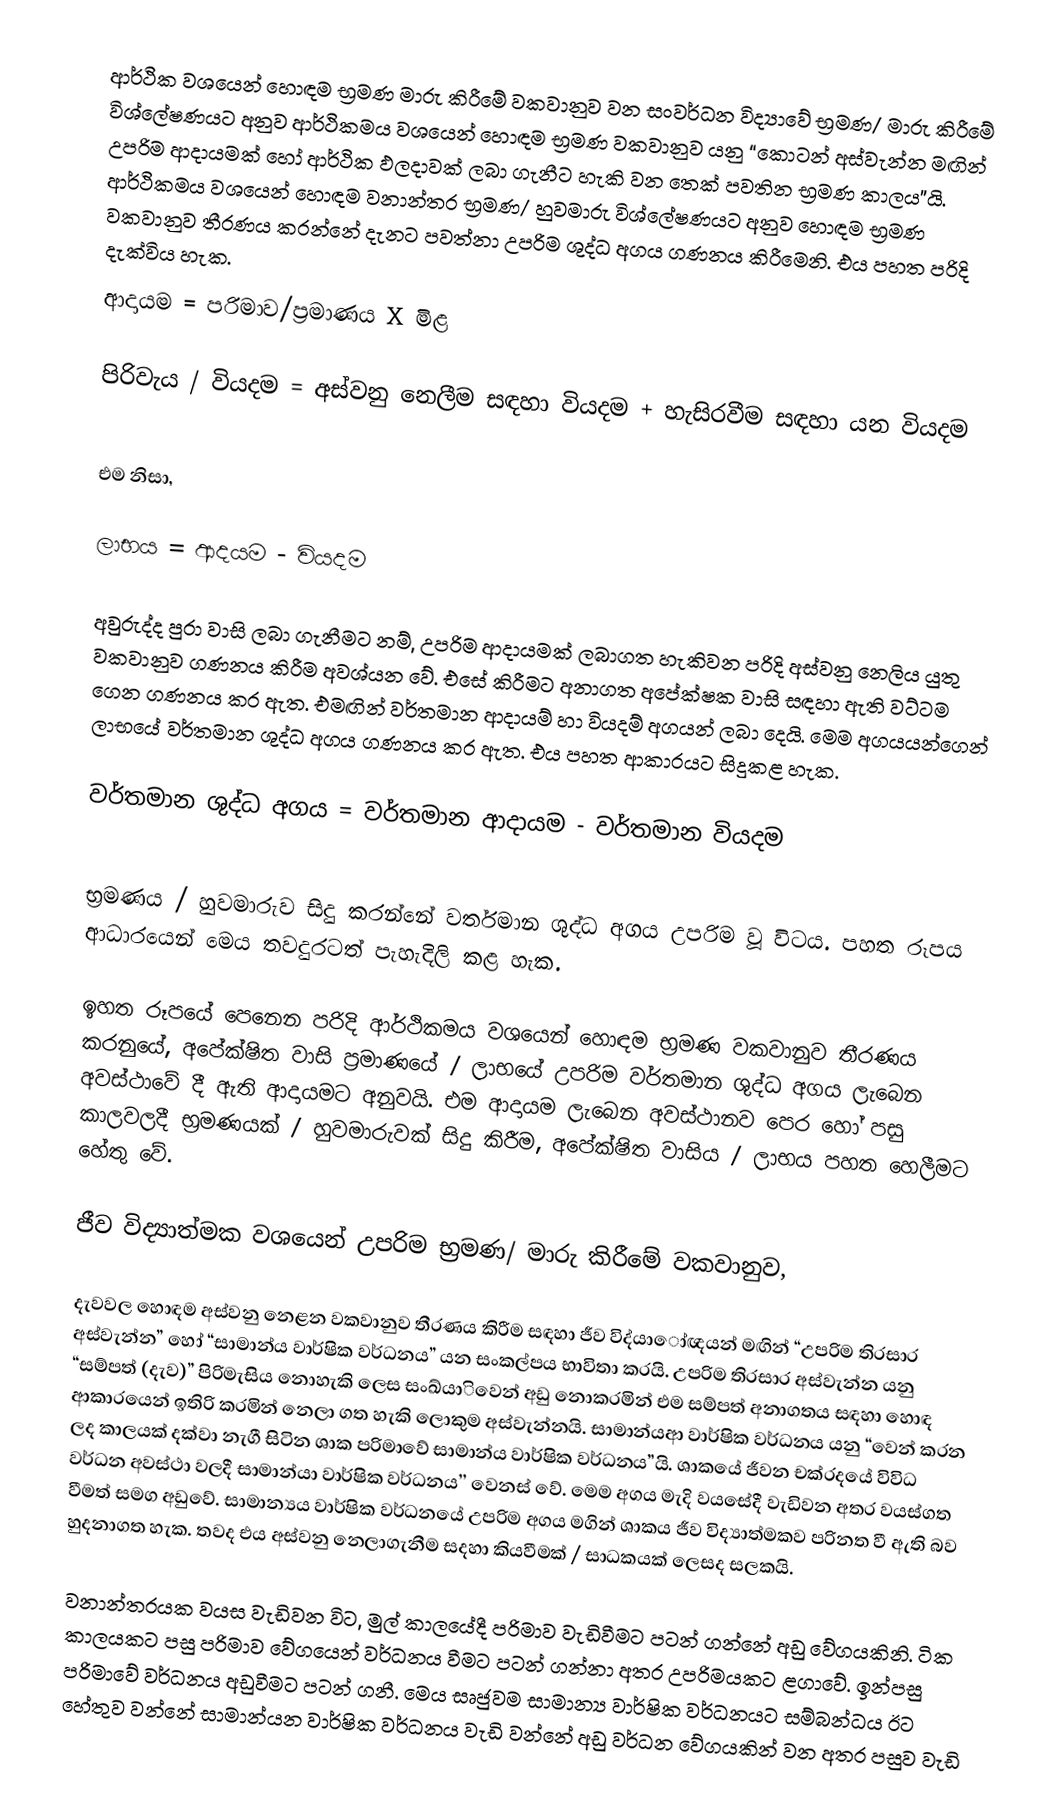
ආර්ථික වශයෙන් හොඳම භ්‍රමණ මාරු කිරීමේ වකවානුව වන සංවර්ධන විද්‍යාවේ භ්‍රමණ/ මාරු කිරීමේ විශ්ලේෂණයට අනුව ආර්ථිකමය වශයෙන් හොඳම භ්‍රමණ වකවානුව යනු “කොටන් අස්වැන්න මඟින් උපරිම ආදායමක් හෝ ආර්ථික ඵලදාවක් ලබා ගැනීට හැකි වන තෙක් පවතින භ්‍රමණ කාලය”යි. ආර්ථිකමය වශයෙන් හොඳම වනාන්තර භ්‍රමණ/ හුවමාරු විශ්ලේෂණයට අනුව හොඳම භ්‍රමණ වකවානුව තීරණය කරන්නේ දැනට පවත්නා උපරිම ශුද්ධ අගය ගණනය කිරීමෙනි. එය පහත පරිදි දැක්විය හැක.
ආදායම 	=	පරිමාව/ප්‍රමාණය  X මිළ

පිරිවැය / වියදම 	=	අස්වනු නෙලීම සඳහා වියදම		+	හැසිරවීම සඳහා යන වියදම

එම නිසා,

ලාභය	=	ආදයම  	-	වියදම

අවුරුද්ද පුරා වාසි ලබා ගැනීමට නම්, උපරිම ආදායමක් ලබාගත හැකිවන පරිදි අස්වනු නෙලිය යුතු වකවානුව  ගණනය කිරීම අවශ්යන වේ. එසේ කිරීමට අනාගත අපේක්ෂක වාසි සඳහා ඇති වට්ටම ගෙන ගණනය කර ඇත. එමඟින් වර්තමාන ආදායම් හා වියදම් අගයන් ලබා දෙයි. මෙම අගයයන්ගෙන් ලාභයේ වර්තමාන ශුද්ධ අගය ගණනය කර ඇත. එය පහත ආකාරයට සිදුකළ හැක.

වර්තමාන ශුද්ධ අගය	=	වර්තමාන ආදායම	-	වර්තමාන වියදම

භ්‍රමණය / හුවමාරුව සිදු කරන්නේ වර්තමාන ශුද්ධ අගය උපරිම වූ විටය. පහත රූපය ආධාරයෙන් මෙය තවදුරටත් පැහැදිලි කළ හැක.

ඉහත රූපයේ පෙනෙන පරිදි ආර්ථිකමය වශයෙන් හොඳම භ්‍රමණ වකවානුව තීරණය කරනුයේ, අපේක්ෂිත වාසි ප්‍රමාණයේ / ලාභයේ උපරිම වර්තමාන ශුද්ධ අගය ලැබෙන අවස්ථාවේ දී ඇති ආදායමට අනුවයි. එම ආදායම ලැබෙන අවස්ථානව පෙර හෝ පසු කාලවලදී භ්‍රමණයක් / හුවමාරුවක් සිදු කිරීම, අපේක්ෂිත වාසිය / ලාභය පහත හෙලීමට හේතු වේ.

ජීව විද්‍යාත්මක වශයෙන් උපරිම භ්‍රමණ/ මාරු කිරීමේ වකවානුව,

දැවවල හොඳම අස්වනු නෙළන වකවානුව තීරණය කිරීම සඳහා ජීව විද්යාෝඥයන් මඟින් “උපරිම තිරසාර අස්වැන්න” හෝ “සාමාන්ය  වාර්ෂික වර්ධනය” යන සංකල්පය භාවිතා කරයි. උපරිම තිරසාර අස්වැන්න යනු “සම්පත් (දැව)” පිරිමැසිය නොහැකි ලෙස සංඛ්යාිවෙන් අඩු නොකරමින් එම සම්පත් අනාගතය සඳහා හොඳ ආකාරයෙන් ඉතිරි කරමින් නෙලා ගත හැකි ලොකුම අස්වැන්නයි. සාමාන්යආ වාර්ෂික වර්ධනය යනු “වෙන් කරන ලද කාලයක් දක්වා නැගී සිටින ශාක පරිමාවේ සාමාන්ය  වාර්ෂික වර්ධනය”යි. ශාකයේ ජීවන චක්රදයේ විවිධ වර්ධන අවස්ථා වලදී සාමාන්යා වාර්ෂික වර්ධනය’’ වෙනස් වේ. මෙම අගය මැදි වයසේදී වැඩිවන අතර වයස්ගත වීමත් සමග අඩුවේ. සාමාන්‍යය වාර්ෂික වර්ධනයේ උපරිම අගය මගින් ශාකය ජීව විද්‍යාත්මකව පරිනත වී ඇති බව හුදනාගත හැක. තවද එය අස්වනු නෙලාගැනීම සදහා කියවීමක් / සාධකයක් ලෙසද සලකයි.

වනාන්තරයක වයස වැඩිවන විට, මුල් කාලයේදී පරිමාව වැඩිවීමට පටන් ගන්නේ අඩු වේගයකිනි. ටික කාලයකට පසු පරිමාව වේගයෙන් වර්ධනය වීමට පටන් ගන්නා අතර උපරිමයකට ළගාවේ. ඉන්පසු පරිමාවේ වර්ධනය අඩුවීමට පටන් ගනී. මෙය සෘජුවම සාමාන්‍ය වාර්ෂික වර්ධනයට සම්බන්ධය ඊට හේතුව වන්නේ සාමාන්යන වාර්ෂික වර්ධනය වැඩි වන්නේ අඩු වර්ධන වේගයකින් වන අතර පසුව වැඩි